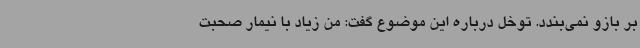
بر بازو نمی‌بندد. توخل درباره این موضوع گفت: من زیاد با نیمار صحبت